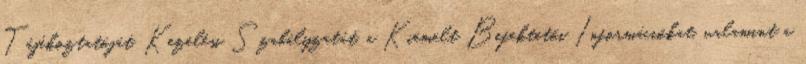
Tájékoztatóját, Kezelési Szabályzatát, a Kiemelt Befektetői Információkat, valamint a